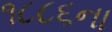
૧૮૮૬ના